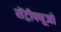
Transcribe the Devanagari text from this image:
सेंट्रीफ्यूजों